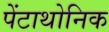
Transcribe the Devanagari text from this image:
पेंटाथोनिक